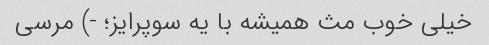
خیلی خوب مث همیشه با یه سوپرایز؛ -) مرسی